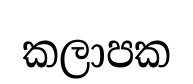
කලාපක